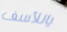
ياللأسف